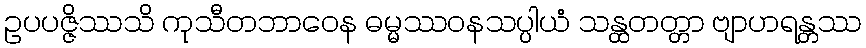
ဥပပဇ္ဇိဿသိ ကုသီတဘာဝေန ဓမ္မဿဝနသပ္ပါယံ သန္ထတတ္တာ ဗျာဟရန္တဿ